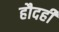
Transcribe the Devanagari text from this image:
हौदही